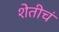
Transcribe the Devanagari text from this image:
शेतीचं